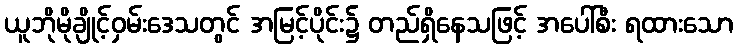
ယူဘိုမိုချိုင့်ဝှမ်းဒေသတွင် အမြင့်ပိုင်း၌ တည်ရှိနေသဖြင့် အပေါ်စီး ရထားသော